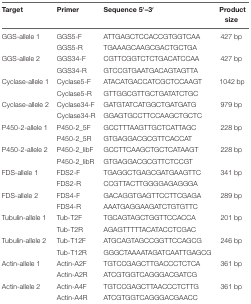
<table><thead><tr><td><b>Target</b></td><td><b>Primer</b></td><td><b>Sequence 5′–3′</b></td><td><b>Product size</b></td></tr></thead><tbody><tr><td>GGS-allele 1</td><td>GGS5-F</td><td>ATTGAGCTCCACCGTGGTCAA</td><td>427 bp</td></tr><tr><td></td><td>GGS5-R</td><td>TGAAAGCAAGCGACTGCTGA</td><td></td></tr><tr><td>GGS-allele 2</td><td>GGS34-F</td><td>CGTTCGGTCTCTGACATCCAA</td><td>427 bp</td></tr><tr><td></td><td>GGS34-R</td><td>GTCCGTGAATGACAGTAGTTA</td><td></td></tr><tr><td>Cyclase-allele 1</td><td>Cyclase5-F</td><td>ATACATGACCATCGCTCCAAGT</td><td>1042 bp</td></tr><tr><td></td><td>Cyclase5-R</td><td>GTTGGCGTTGCTGATATCTGC</td><td></td></tr><tr><td>Cyclase-allele 2</td><td>Cyclase34-F</td><td>GATGTATCATGGCTGATGATG</td><td>979 bp</td></tr><tr><td></td><td>Cyclase34-R</td><td>GGAGTGCCTTCCAAGCTGCTC</td><td></td></tr><tr><td>P450-2-allele 1</td><td>P450-2_5F</td><td>GCCTTTAAGTTGCTCATTAGC</td><td>228 bp</td></tr><tr><td></td><td>P450-2_5R</td><td>GTGAGGACGCGTTCACCAT</td><td></td></tr><tr><td>P450-2-allele 2</td><td>P450-2_libF</td><td>GCCTTCAAGCTGCTCATAAGT</td><td>228 bp</td></tr><tr><td></td><td>P450-2_libR</td><td>GTGAGGACGCGTTCTCCGT</td><td></td></tr><tr><td>FDS-allele 1</td><td>FDS2-F</td><td>TGAGGCTGAGCGATGAAGTTC</td><td>341 bp</td></tr><tr><td></td><td>FDS2-R</td><td>CCGTTACTTGGGGAGAGGGA</td><td></td></tr><tr><td>FDS-allele 2</td><td>FDS4-F</td><td>GACAGGTGAGTTCCTTCGAGA</td><td>289 bp</td></tr><tr><td></td><td>FDS4-R</td><td>AAATGAGGAAGATCTGTGTTC</td><td></td></tr><tr><td>Tubulin-allele 1</td><td>Tub-T2F</td><td>TGCAGTAGCTGGTTCCACCA</td><td>201 bp</td></tr><tr><td></td><td>Tub-T2R</td><td>AGAGTTTTTACATACCTCGAC</td><td></td></tr><tr><td>Tubulin-allele 2</td><td>Tub-T12F</td><td>ATGCAGTAGCCGGTTCCAGCG</td><td>246 bp</td></tr><tr><td></td><td>Tub-T12R</td><td>GGGCTAAAATAGATCAATTGAGCG</td><td></td></tr><tr><td>Actin-allele 1</td><td>Actin-A2F</td><td>TGTCCGAGCTTGACCCTCTCA</td><td>361 bp</td></tr><tr><td></td><td>Actin-A2R</td><td>ATCGTGGTCAGGGACGATCG</td><td></td></tr><tr><td>Actin-allele 2</td><td>Actin-A4F</td><td>TGTCCGAGCTTAACCCTCTTG</td><td>361 bp</td></tr><tr><td></td><td>Actin-A4R</td><td>ATCGTGGTCAGGGACGAACC</td><td></td></tr></tbody></table>